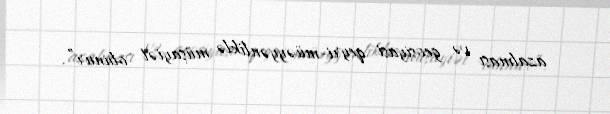
azalması və geosiyasi qeyri-müəyyənliklə müşayiət olunur”.